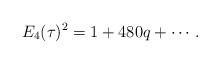
LaTeX: \begin{align*}E_4(\tau)^2=1+480q+\cdots.\end{align*}